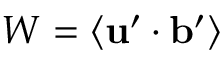
W = \langle { { \bf { u } } ^ { \prime } \cdot { \bf { b } } ^ { \prime } } \rangle